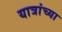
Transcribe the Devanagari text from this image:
यात्रांच्या